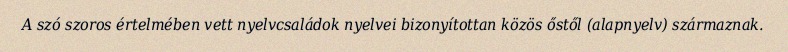
A szó szoros értelmében vett nyelvcsaládok nyelvei bizonyítottan közös őstől (alapnyelv) származnak.